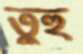
তুঁহুঁ